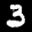
Label: 3